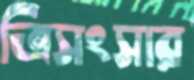
ত্রিসংসার